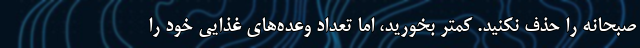
صبحانه را حذف نکنید. کمتر بخورید، اما تعداد وعده‌های غذایی خود را